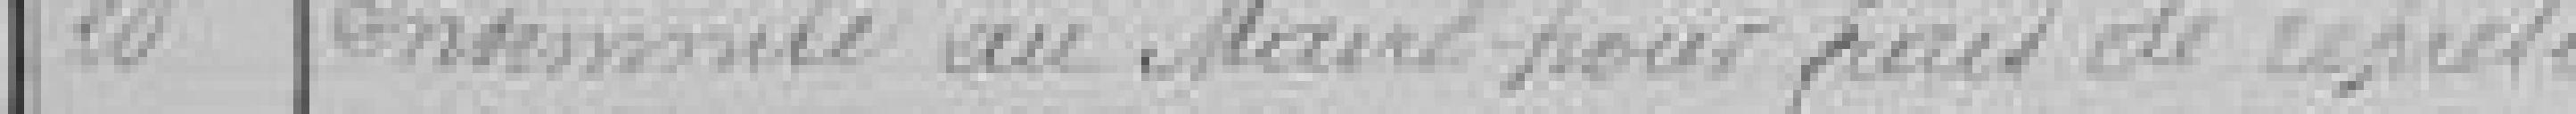
20 Indemnité au Maire pour frais de représentation